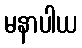
မနာပါယ